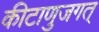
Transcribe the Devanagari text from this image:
कीटाणुजगत्